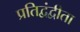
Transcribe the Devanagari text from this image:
प्रतिद्वंद्वीता